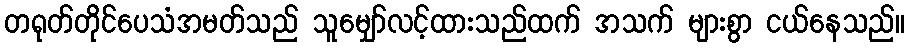
တရုတ်တိုင်ပေသံအမတ်သည် သူမျှော်လင့်ထားသည်ထက် အသက် များစွာ ငယ်နေသည်။